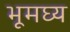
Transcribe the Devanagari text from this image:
भूमघ्य